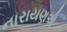
નારાયણએ